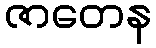
ဇာတေန